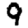
Digit: 9